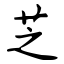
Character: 芝